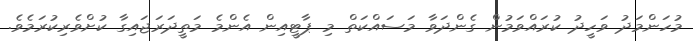
މުހަންމަދު ވަހީދު ކުރައްވަމުން ގެންދަވާ މަސައްކަތް މި ޕާޓީއިން އެންމެ މަތީދަރަޖައިގާ ކުށްވެރިކުރަމެވެ.